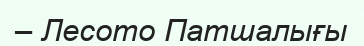
– Лесото Патшалығы